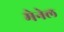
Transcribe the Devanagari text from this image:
मेनेल